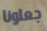
جعلونا